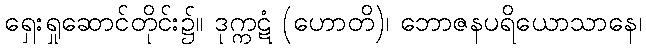
ရှေးရှုဆောင်တိုင်း၌။ ဒုက္ကဋံ (ဟောတိ)၊ ဘောဇနပရိယောသာနေ၊